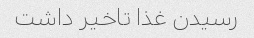
رسیدن غذا تاخیر داشت